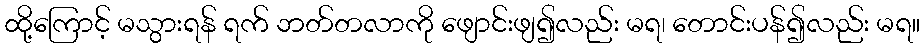
ထို့ကြောင့် မသွားရန် ရက် ဘတ်တလာကို ဖျောင်းဖျ၍လည်း မရ၊ တောင်းပန်၍လည်း မရ။